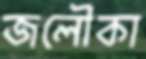
জলৌকা